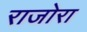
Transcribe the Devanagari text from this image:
राजोरा